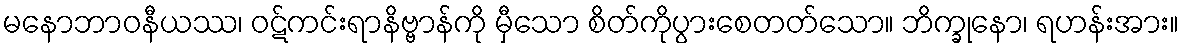
မနောဘာဝနီယဿ၊ ဝဋ်ကင်းရာနိဗ္ဗာန်ကို မှီသော စိတ်ကိုပွားစေတတ်သော။ ဘိက္ခုနော၊ ရဟန်းအား။